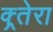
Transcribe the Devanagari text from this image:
क्र्तेरा